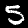
Digit: 5